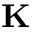
\textbf { K }